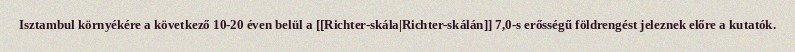
Isztambul környékére a következő 10-20 éven belül a [[Richter-skála|Richter-skálán]] 7,0-s erősségű földrengést jeleznek előre a kutatók.